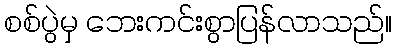
စစ်ပွဲမှ ဘေးကင်းစွာပြန်လာသည်။